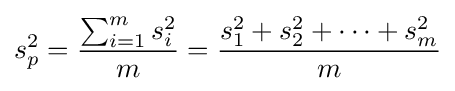
s_{p}^{2}={\frac {\sum _{i=1}^{m}s_{i}^{2}}{m}}={\frac {s_{1}^{2}+s_{2}^{2}+\cdots +s_{m}^{2}}{m}}